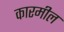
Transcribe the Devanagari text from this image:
कारमील